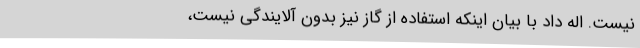
نیست. اله داد با بیان اینکه استفاده از گاز نیز بدون آلایندگی نیست،